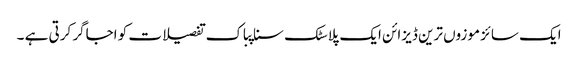
ایک سائز موزوں ترین ڈیزائن ایک پلاسٹک سناپباک تفصیلات کو اجاگر کرتی ہے ۔